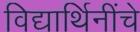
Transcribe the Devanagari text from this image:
विद्यार्थिनींचे